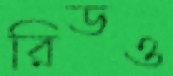
রিডও